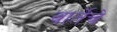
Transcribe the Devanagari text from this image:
वार्तेचे